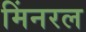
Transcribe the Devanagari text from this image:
मिंनरल